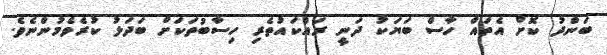
ބަންދު ކޮށް އެތައް ހާސް ބަޔަކު ދަނީ ރައްކައުތެރި ހިސާބުތަކަށް ބަދަލު ކުރެވެމުންނެވެ.